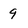
Character: 9